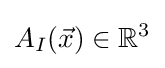
A_{I}({\vec {x}})\in \mathbb {R} ^{3}